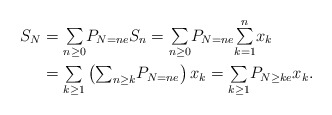
\begin{align*}S_{N} & ={\textstyle\sum\limits_{n\geq0}}P_{N=ne}S_{n}={\textstyle\sum\limits_{n\geq0}}P_{N=ne}{\textstyle\sum\limits_{k=1}^{n}}x_{k}\\& ={\textstyle\sum\limits_{k\geq1}}\left({\textstyle\sum_{n\geq k}}P_{N=ne}\right) x_{k}={\textstyle\sum\limits_{k\geq1}}P_{N\geq ke}x_{k}.\end{align*}